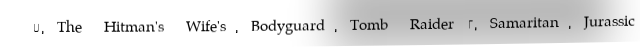
7, The Hitman's Wife's, Bodyguard, Tomb Raider 2, Samaritan, Jurassic